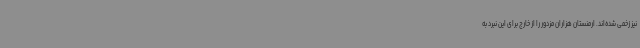
نیز زخمی شده‌اند. ارمنستان هزاران مزدور را از خارج برای این نبرد به